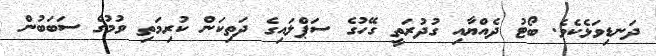
ދަނޑިވަޅެކެވެ. ބޯޓު ދެއްޔާއި ގުދުރަތީ ގޭހުގެ ސަޕްލައިގެ ދަތިކަން ކުރިމަތި ވުމުގެ ސަބަބުން